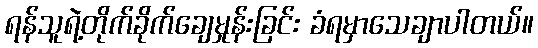
ရန်သူရဲ့တိုက်ခိုက်ချေမှုန်းခြင်း ခံရမှာသေချာပါတယ်။